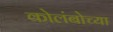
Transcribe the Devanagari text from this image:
कोलंबोच्या